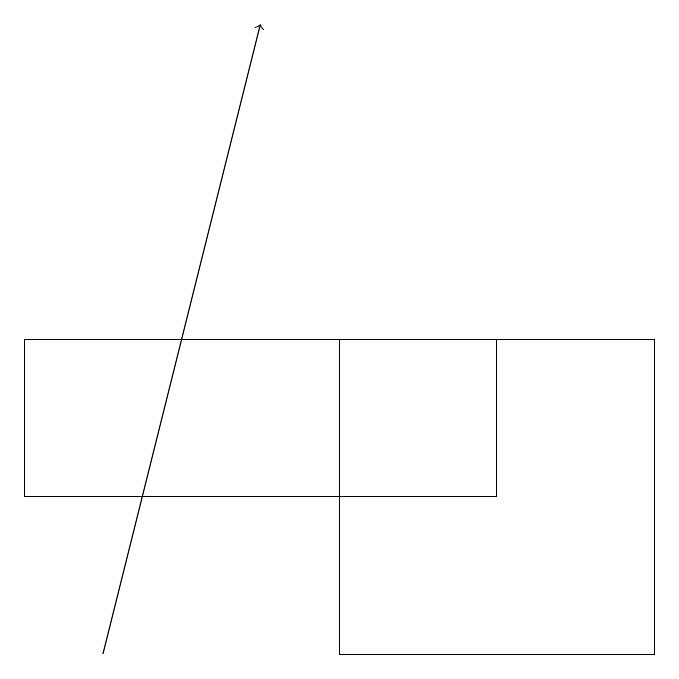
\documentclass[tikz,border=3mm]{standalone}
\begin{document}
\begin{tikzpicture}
\draw[->] (2,11) -- (4,19);
\draw (9,15) rectangle (5,11);
\draw (1,15) rectangle (7,13);
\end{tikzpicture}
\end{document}